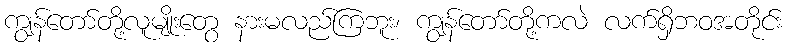
ကျွန်တော်တို့လူမျိုးတွေ နားမလည်ကြဘူး၊ ကျွန်တော်တို့ကလဲ လက်ရှိဘဝအတိုင်း